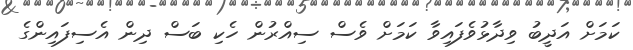
ކަމަށް އަދީބު ވިދާޅުވެފައިވާ ކަމަށް ވެސް ސިއްރުން ހެކި ބަސް ދިން އެސިފައިންގެ